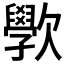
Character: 𭭗